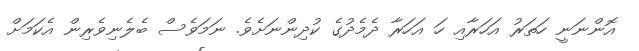
އޮންނަނީ ހަތަރު އަހަރާއި ހަ އަހަރާ ދެމެދުގެ ކުދިންނަށެވެ. ނަމަވެސް ބެލެނިވެރިން އެކަމަށް